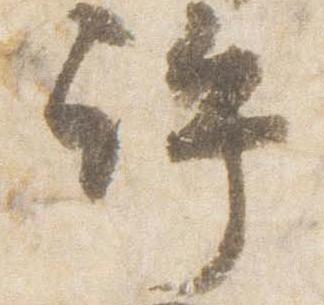
許